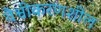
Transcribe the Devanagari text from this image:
वैश्वीकरणशील